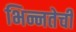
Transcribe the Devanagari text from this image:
भिन्नतेची